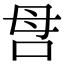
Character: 𠰔